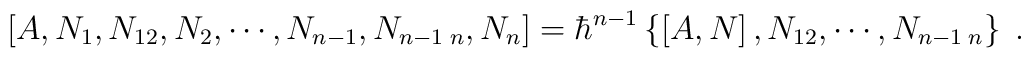
\left[  A,N_{1},N_{12},N_{2},\cdots,N_{n-1},N_{n-1\;n},N_{n}\right]=\hbar^{n-1}\left\{  \left[  A,N\right]  ,N_{12},\cdots,N_{n-1\;n}\right\}\;.